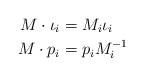
LaTeX: \begin{align*} M\cdot \iota_i&=M_i\iota_i\\ M\cdot p_i&=p_iM_i^{-1} \end{align*}